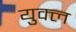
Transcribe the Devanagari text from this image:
युक्ल